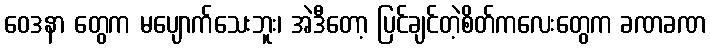
ဝေဒနာ တွေက မပျောက်သေးဘူး၊ အဲဒီတော့ ပြင်ချင်တဲ့စိတ်ကလေးတွေက ခဏခဏ